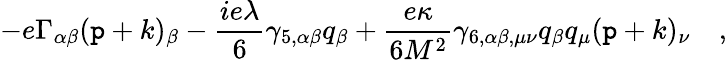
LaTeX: -e\Gamma_{\alpha\beta}(\mathtt{p}+k)_{\beta}-{\frac{{ie\lambda}}{{6}}}\gamma_{5,\alpha\beta}q_{\beta}+{\frac{{e\kappa}}{{6M^{2}}}}\gamma_{6,\alpha\beta,\mu\nu}q_{\beta}q_{\mu}(\mathtt{p}+k)_{\nu}\quad,